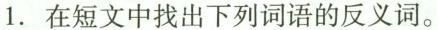
1.在短文中找出下列词语的反义词。